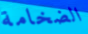
الضخامة